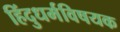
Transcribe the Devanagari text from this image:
हिंदुधर्मविषयक